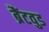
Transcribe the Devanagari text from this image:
ब्रैंटवुड